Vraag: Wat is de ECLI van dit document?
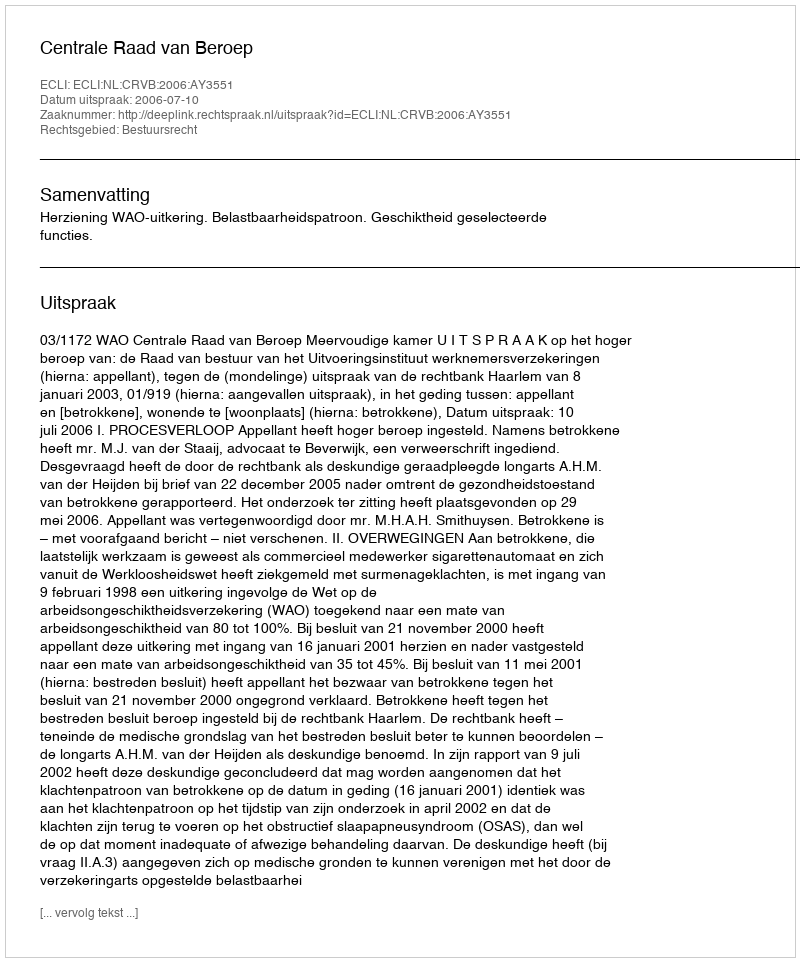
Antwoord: ECLI:NL:CRVB:2006:AY3551